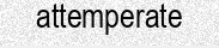
attemperate